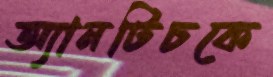
অ্যানটিচকে